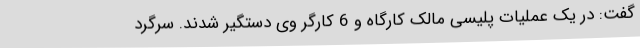
گفت: در یک عملیات پلیسی مالک کارگاه و 6 کارگر وی دستگیر شدند. سرگرد